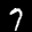
Label: 7